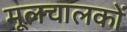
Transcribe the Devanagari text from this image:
मूलचालकों